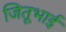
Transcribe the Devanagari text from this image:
जितूभाई